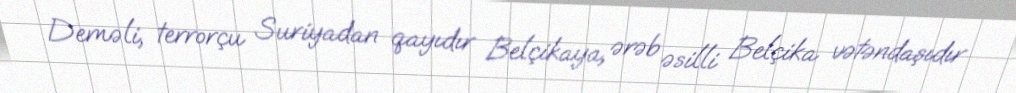
Deməli, terrorçu Suriyadan qayıdır Belçikaya, ərəb əsilli Belçika vətəndaşıdır